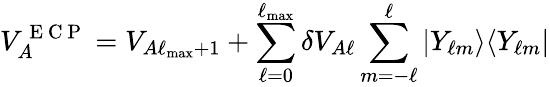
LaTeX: V_{A}^{\mathrm{~E~C~P~}}=V_{A\ell_{\operatorname*{max}}+1}+\sum_{\ell=0}^{\ell_{\operatorname*{max}}}\delta V_{A\ell}\sum_{m=-\ell}^{\ell}|Y_{\ell m}\rangle\langle Y_{\ell m}|